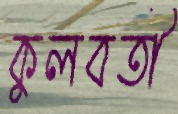
কুলবতী